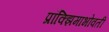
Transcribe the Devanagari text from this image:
प्रॉक्झिमाभोवती